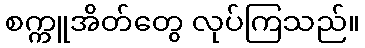
စက္ကူအိတ်တွေ လုပ်ကြသည်။